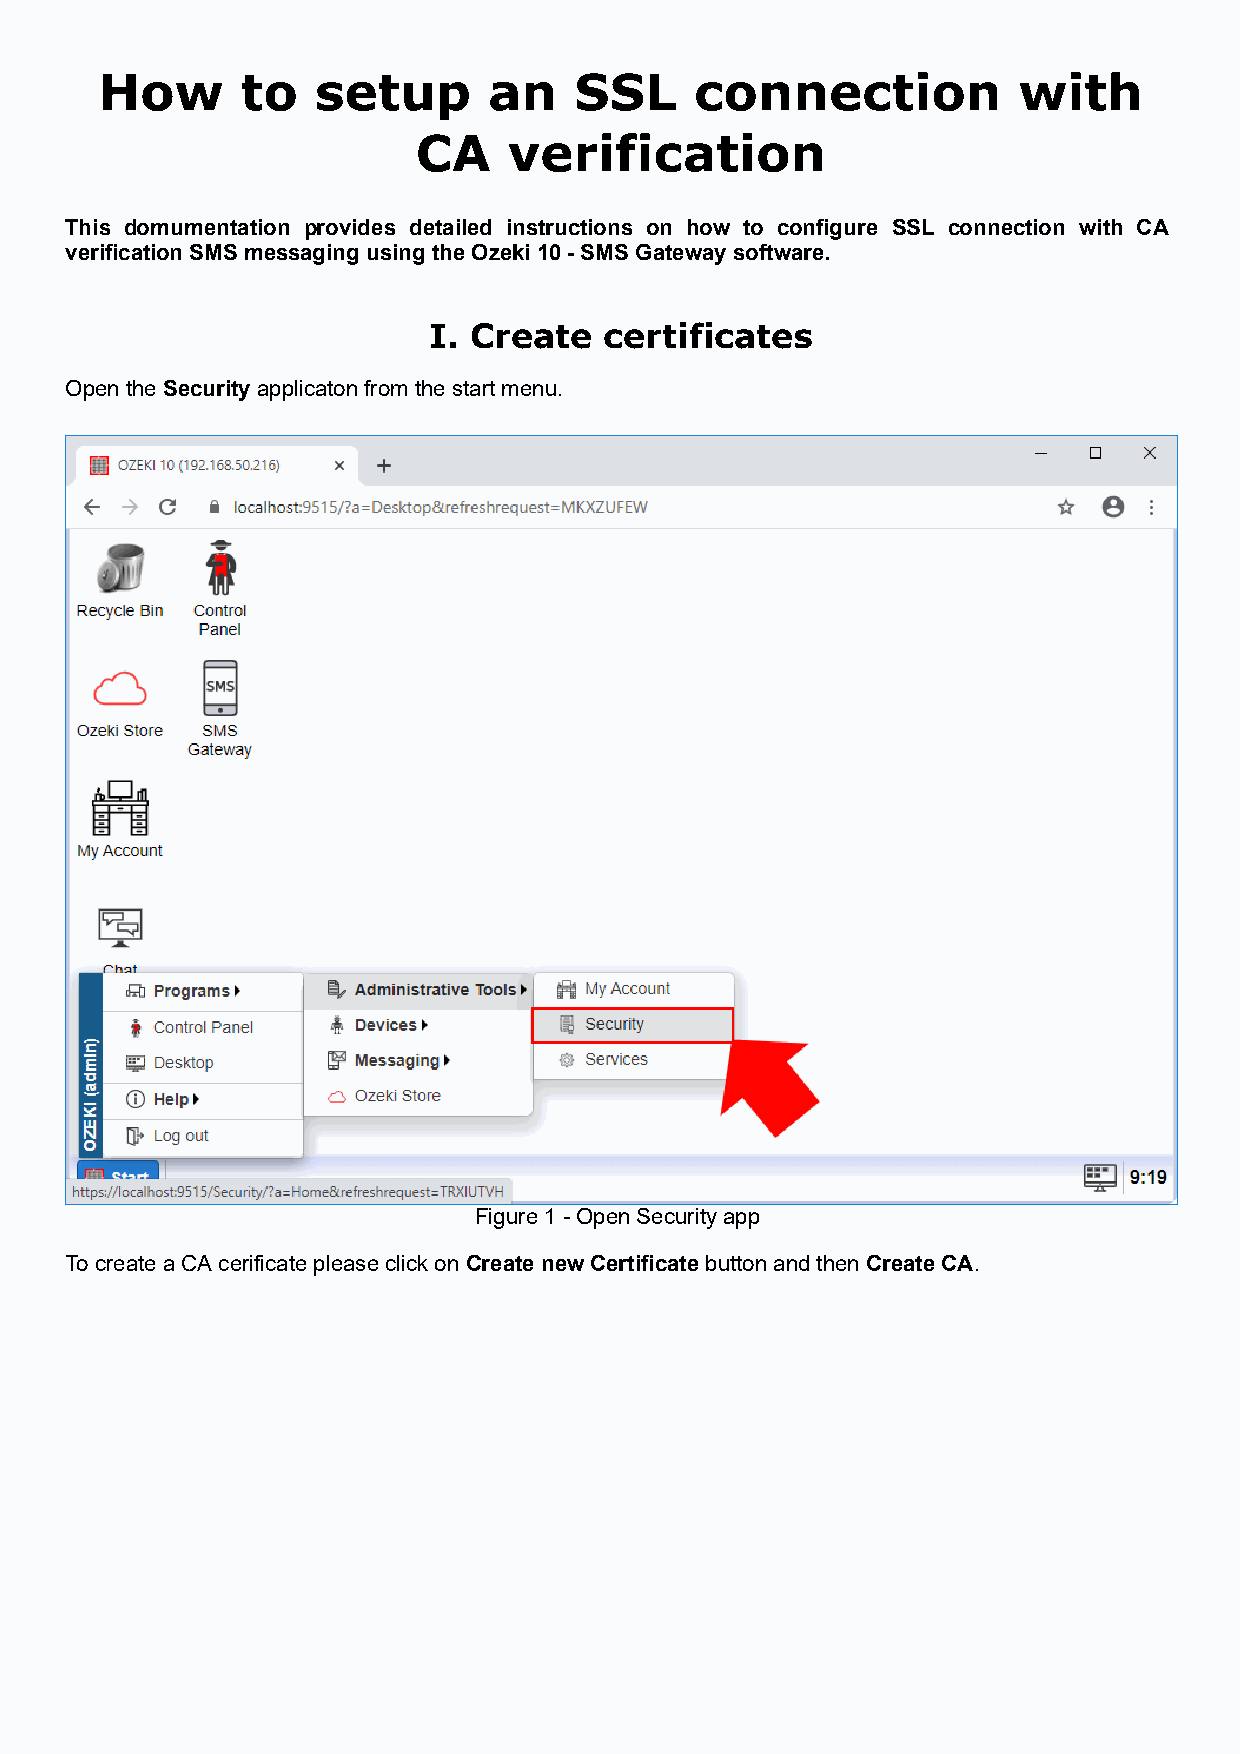
How      to   setup      an    SSL     connection           with
 CA    verification
 This domumentation provides detailed instructions on how to configure SSL connection with CA
 verification SMS messaging using the Ozeki 10 - SMS Gateway software.
 I. Create   certificates
 Open the Security applicaton from the start menu.
 Figure 1 - Open Security app
 To create a CA cerificate please click on Create new Certificate button and then Create CA.